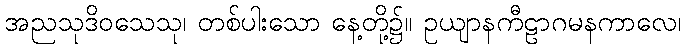
အညသုဒိဝသေသု၊ တစ်ပါးသော နေ့တို့၌။ ဥယျာနကီဠာဂမနကာလေ၊